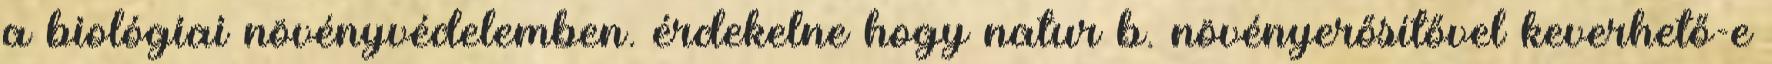
a biológiai növényvédelemben. érdekelne hogy natur b. növényerősítővel keverhető-e